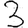
Digit: 3